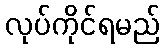
လုပ်ကိုင်ရမည်